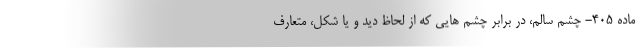
ماده ۴۰۵- چشم سالم، در برابر چشم هایی که از لحاظ دید و یا شکل، متعارف